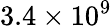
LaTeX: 3.4\times 10^{9}